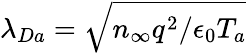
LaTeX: \lambda_{Da}=\sqrt{n_{\infty}q^{2}/\epsilon_{0}T_{a}}